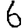
Digit: 6